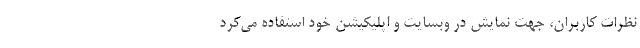
نظرات کاربران،‌‌ جهت نمایش در وبسایت و اپلیکیشن خود استفاده می‌کرد